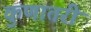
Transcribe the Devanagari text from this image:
कुणातरी